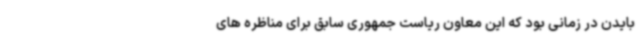
بایدن در زمانی بود که این معاون ریاست جمهوری سابق برای مناظره های